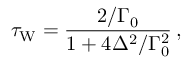
\tau _ { \mathrm { W } } = \frac { 2 / \Gamma _ { 0 } } { 1 + 4 \Delta ^ { 2 } / \Gamma _ { 0 } ^ { 2 } } \, ,